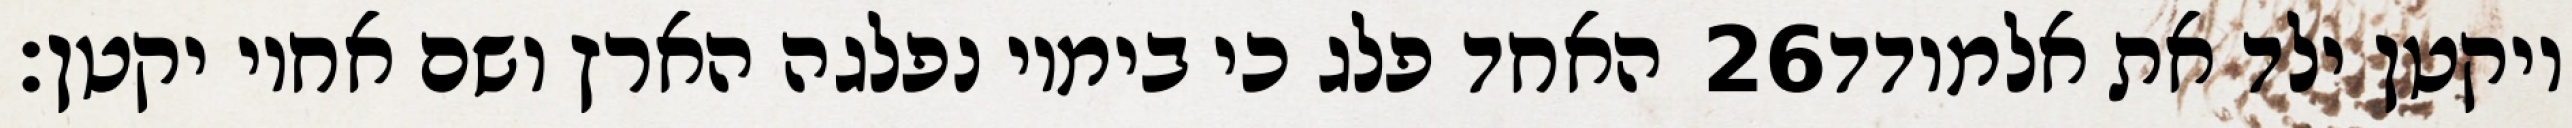
האחד פלג כי בימיו נפלגה הארץ ושם אחיו יקטן׃ ‎26‏ ויקטן ילד את אלמודד